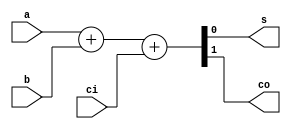
module full_adder_assign (a, b, ci, s, co);

  input a, b, ci;
  output s, co;

  assign {co,s} = a + b + ci;

endmodule // full_add_one